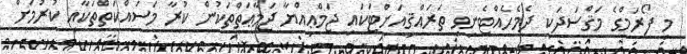
މި ފޯރަމްގެ މަޤްސަދަކީ ދެމެހެއްޓެނިވި ތަރައްޤީއަށްޓަކައި ޖަމްޢިއްޔާ ޖަމާޢަތްތަކުން ކުރާ މަސައްކަތްތަކާއި ކުރުމަށް